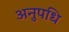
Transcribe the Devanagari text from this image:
अनुपधि